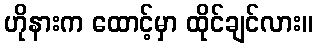
ဟိုနားက ထောင့်မှာ ထိုင်ချင်လား။